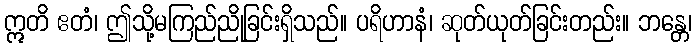
ဣတိ ဧတံ၊ ဤသို့မကြည်ညိုခြင်းရှိသည်။ ပရိဟာနံ၊ ဆုတ်ယုတ်ခြင်းတည်း။ ဘန္တေ၊